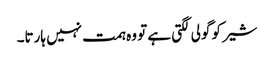
شیر کو گولی لگتی ہے تو وہ ہمت نہیں ہارتا۔